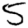
Digit: 5